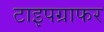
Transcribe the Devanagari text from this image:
टाइपग्राफर